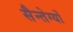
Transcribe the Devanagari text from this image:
सैन्तेग्यों